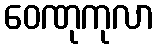
ဝေဏုကုလာ